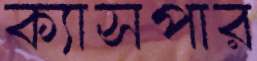
ক্যাসপার